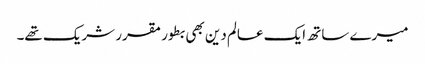
میرے ساتھ ایک عالم دین بھی بطور مقرر شریک تھے۔